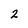
Character: 2